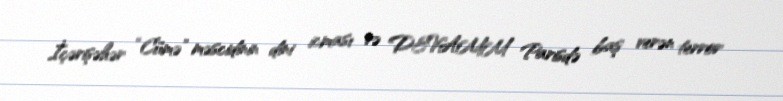
İçərişəhər “Cümə” məscidinin dini icması və DEVAMM Parisdə baş verən terror